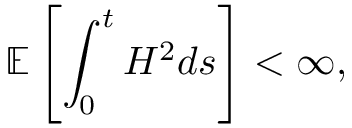
\mathbb { E } \left[ \int _ { 0 } ^ { t } H ^ { 2 } d s \right] < \infty ,